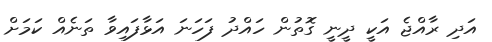
އަދި ރާއްޖެ އަކީ ދީނީ ގޮތުން ހައްދު ފަހަނަ އަޅާފައިވާ ތަނެއް ކަމަށް